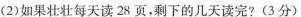
(2)如果壮壮每天读28页，剩下的几天读完?(3分)